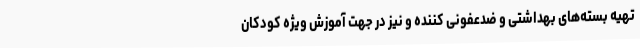
تهیه بسته‌های بهداشتی و ضدعفونی کننده و نیز در جهت آموزش ویژه کودکان